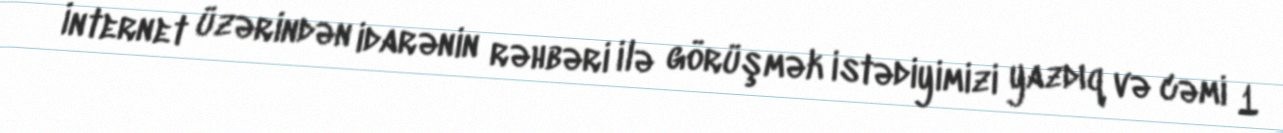
İnternet üzərindən idarənin rəhbəri ilə görüşmək istədiyimizi yazdıq və cəmi 1